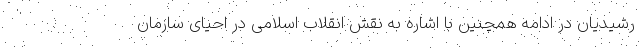
رشیدیان در ادامه همچنین با اشاره به نقش انقلاب اسلامی در احیای سازمان